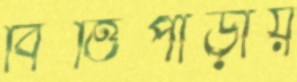
বিত্তিপাড়ায়